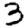
Digit: 3